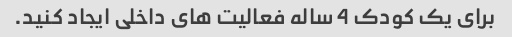
برای یک کودک 4 ساله فعالیت های داخلی ایجاد کنید.